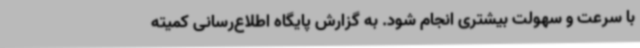
با سرعت و سهولت بیشتری انجام شود. به گزارش پایگاه اطلاع‌رسانی کمیته